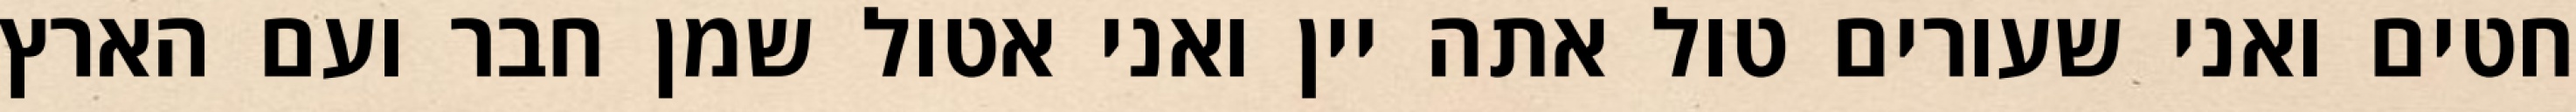
חטים ואני שעורים טול אתה יין ואני אטול שמן חבר ועם הארץ